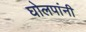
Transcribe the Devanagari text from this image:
घोलपांनी